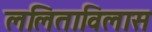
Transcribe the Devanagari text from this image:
ललिताविलास